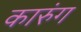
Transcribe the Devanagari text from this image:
कारुंग